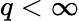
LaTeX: q<\infty